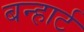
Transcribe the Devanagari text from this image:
बन्हार्ट